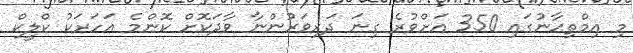
މި އިމްތިޙާނުގައި 350 އަށްވުރެ ގިނަ ދަރިވަރުންނާ ވާދަކޮށް ކޮންމެ އަހަރަކު ކްލީކް